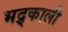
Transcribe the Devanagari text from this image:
भद्र्काली